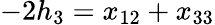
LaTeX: -2h_{3}=x_{12}+x_{33}